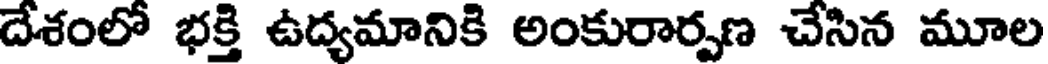
దేశంలో భక్తి ఉద్యమానికి అంకురార్పణ చేసిన మూల